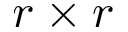
r \times r